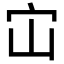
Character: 𭓞